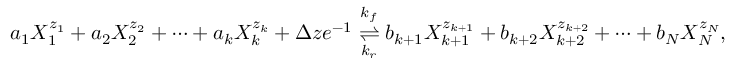
a _ { 1 } X _ { 1 } ^ { z _ { 1 } } + a _ { 2 } X _ { 2 } ^ { z _ { 2 } } + \cdots + a _ { k } X _ { k } ^ { z _ { k } } + \Delta z e ^ { - 1 } \overset { k _ { f } } { \underset { k _ { r } } { \rightleftharpoons } } b _ { k + 1 } X _ { k + 1 } ^ { z _ { k + 1 } } + b _ { k + 2 } X _ { k + 2 } ^ { z _ { k + 2 } } + \cdots + b _ { N } X _ { N } ^ { z _ { N } } ,